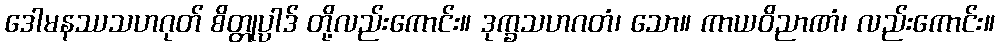
ဒေါမနဿသဟဂုတ် စိတ္တုပ္ပါဒ် တို့လည်းကောင်း။ ဒုက္ခသဟဂတံ၊ သော။ ကာယဝိညာဏံ၊ လည်းကောင်း။